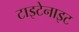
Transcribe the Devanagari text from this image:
टाइटेनाइट